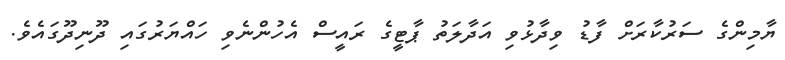
ޔާމިންގެ ސަރުކާރަށް ފާޑު ވިދާޅުވި އަދާލަތު ޕާޓީގެ ރައީސް އެހުންނެވި ހައްޔަރުގައި ދޫނިދޫގައެވެ.